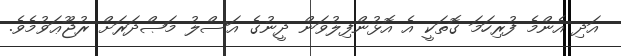
އަދި އެންމެ ފުރިހަމަ ގޮތަކީ އެ އޮޅުންފިލުވަން ދީނުގެ އަސްލު މަޞްދަރަށް ރުޖޫޢަވުމެވެ.